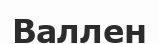
Валлен